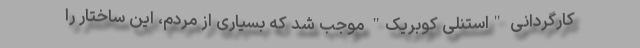
کارگردانی "استنلی کوبریک" موجب شد که بسیاری از مردم، این ساختار را